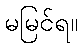
မမြင်ရ။